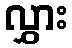
လွှား